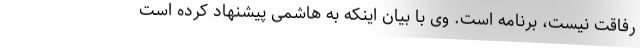
رفاقت نیست، برنامه است. وی با بیان اینکه به هاشمی پیشنهاد کرده است